Civil Veterinary Department Bihar reports 1936-40 - 1936-1940
Year: 1936
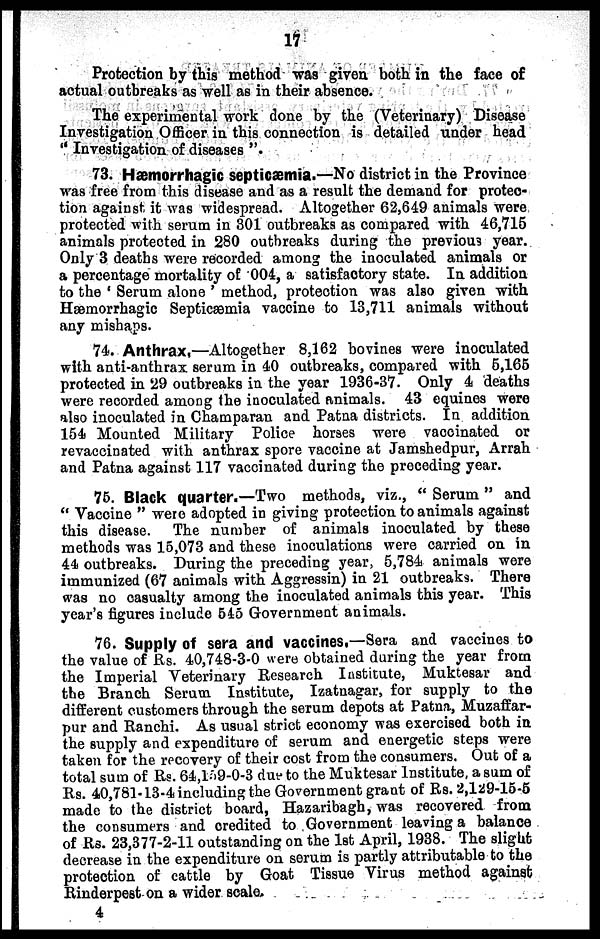
17
Protection by this method was given both in the face of
actual outbreaks as well as in their absence.
The experimental work done by the (Veterinary) Disease
Investigation Officer in this connection is detailed under head
"Investigation of diseases".
73. Hæmorrhagic septicæmia.—No district in the Province
was free from this disease and as a result the demand for protec-
tion against it was widespread. Altogether 62,649 animals were
protected with serum in 301 outbreaks as compared with 46,715
animals protected in 280 outbreaks during the previous year.
Only 3 deaths were recorded among the inoculated animals or
a percentage mortality of 004, a satisfactory state. In addition
to the 'Serum alone' method, protection was also given with
Hæmorrhagic Septicæmia vaccine to 13,711 animals without
any mishaps.
74. Anthrax.—Altogether 8,162 bovines were inoculated
with anti-anthrax serum in 40 outbreaks, compared with 5,165
protected in 29 outbreaks in the year 1936-37. Only 4 deaths
were recorded among the inoculated animals. 43 equines were
also inoculated in Champaran and Patna districts. In addition
154 Mounted Military Police horses were vaccinated or
revaccinated with anthrax spore vaccine at Jamshedpur, Arrah
and Patna against 117 vaccinated during the preceding year.
75. Black quarter.—Two methods, viz., "Serum" and
"Vaccine" were adopted in giving protection to animals against
this disease. The number of animals inoculated by these
methods was 15,073 and these inoculations were carried on in
44 outbreaks. During the preceding year, 5,784 animals were
immunized (67 animals with Aggressin) in 21 outbreaks. There
was no casualty among the inoculated animals this year. This
year's figures include 545 Government animals.
76. Supply of sera and vaccines.—Sera and vaccines to
the value of Rs. 40,748-3-0 were obtained during the year from
the Imperial Veterinary Research Institute, Muktesar and
the Branch Serum Institute, Izatnagar, for supply to the
different customers through the serum depots at Patna, Muzaffar-
pur and Ranchi. As usual strict economy was exercised both in
the supply and expenditure of serum and energetic steps were
taken for the recovery of their cost from the consumers. Out of a
total sum of Rs. 64,159-0-3 due to the Muktesar Institute, a sum of
Rs. 40,781-13-4 including the Government grant of Rs. 2,129-15-5
made to the district board, Hazaribagh, was recovered from
the consumers and credited to Government leaving a balance
of Rs. 23,377-2-11 outstanding on the 1st April, 1938. The slight
decrease in the expenditure on serum is partly attributable to the
protection of cattle by Goat Tissue Virus method against
Rinderpest on a wider scale.